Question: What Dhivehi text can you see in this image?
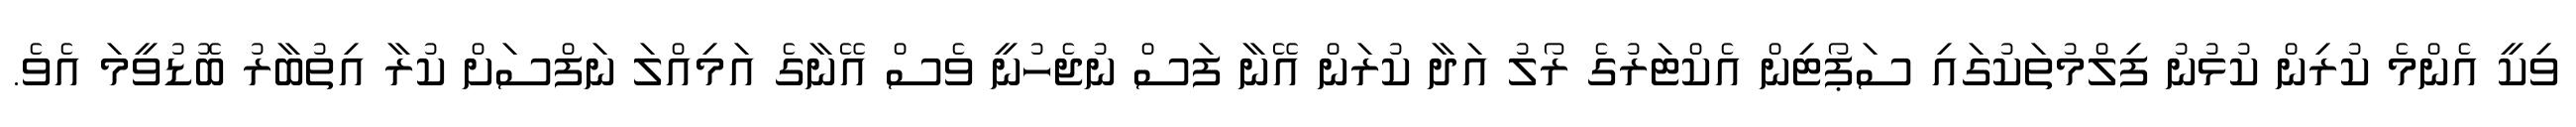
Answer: ވިކީ އެންމެ ކުރިން ކުޅުނު ފިލްމުތަކުގައި ސަޕޯޓިން އެކްޓަރުގެ ރޯލު އަދާ ކުރަން އޭނާ ފަސް ނުޖެހުނީ ވެސް އޭނާގެ އަމިއްލަ ނަފްސަށް ކުރާ އިތުބާރު ބޮޑުވީމަ އެވެ.